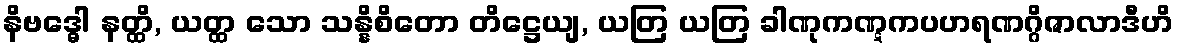
နိဗဒ္ဓေါ နတ္ထိ, ယတ္ထ သော သန္နိစိတော တိဋ္ဌေယျ, ယတြ ယတြ ခါဏုကဏ္ဋကပဟရဏဂ္ဂိဇာလာဒီဟိ